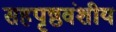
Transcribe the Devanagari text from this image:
सहपृष्ठवंशीय